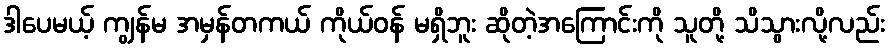
ဒါပေမယ့် ကျွန်မ အမှန်တကယ် ကိုယ်ဝန် မရှိဘူး ဆိုတဲ့အကြောင်းကို သူတို့ သိသွားလို့လည်း